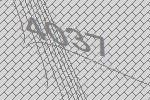
4037